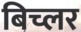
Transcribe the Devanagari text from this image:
बिच्लर